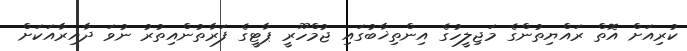
ކުރިއަށް އޮތް ރައްޔިތުންގެ މަޖިލީހުގެ އިންތިޚާބުގައި ޖުމްހޫރީ ޕާޓީގެ ފަރާތުންއިތުރު ނުވަ ދާއިރާއަކަށް